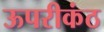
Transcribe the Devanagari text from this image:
ऊपरीकंठ